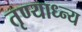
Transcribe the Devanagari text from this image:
तृण्याध्न्य